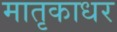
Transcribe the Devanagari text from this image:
मातृकाधर